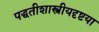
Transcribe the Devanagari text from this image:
पद्धतीशास्त्रीयदृष्टया